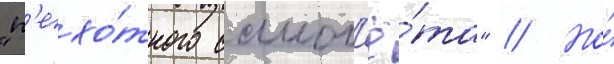
"п'ехо́тного самол'ё́та" // Но́